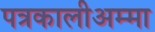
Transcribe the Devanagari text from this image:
पत्रकालीअम्मा